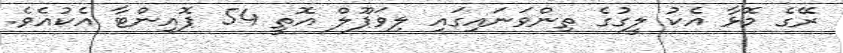
ރޭގެ މޮޅާ އެކު ލީގުގެ ތިންވަނައިގައި ލިވަޕޫލް އޮތީ 54 ޕޮއިންޓާ އެކުއެވެ.